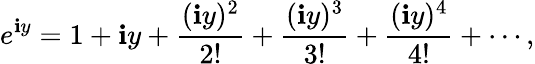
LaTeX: e^{\mathbf{i}y}=1+\mathbf{i}y+{\frac{{(\mathbf{i}y)^{2}}}{{2!}}}+{\frac{{(\mathbf{i}y)^{3}}}{{3!}}}+{\frac{{(\mathbf{i}y)^{4}}}{{4!}}}+\cdots,